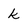
Character: k